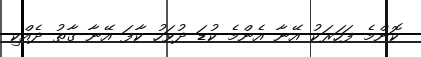
ކޮންމެ ފަހަރަކު އޭނާ އެންމެ ކުޑަ ދުވަހު ކާފަ އޭނާ ގާތު ދެއްކި